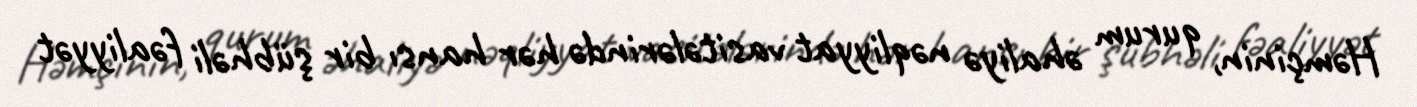
Həmçinin, qurum əhaliyə nəqliyyat vasitələrində hər hansı bir şübhəli fəaliyyət